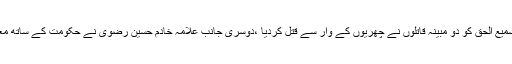
واضح رہے کہ گزشتہ روز مولانا سمیع الحق کو دو مبینہ قاتلوں نے چھریوں کے وار سے قتل کردیا ،دوسری جانب علامہ خادم حسین رضوی نے حکومت کے ساتھ معاہدے کے بعد دھرنا ختم کردیا تھا ۔